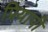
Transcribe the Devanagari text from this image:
प्रियापी